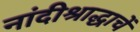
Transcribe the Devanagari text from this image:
नांदीश्राद्धाचें